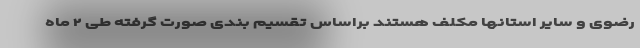
رضوی و سایر استانها مکلف هستند براساس تقسیم بندی صورت گرفته طی ۲ ماه